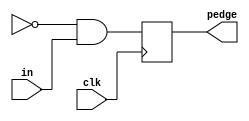
module top_module (
    input clk,
    input [7:0] in,
    output [7:0] pedge
);
    reg [7:0] in_last;
    always@(posedge clk)  begin 
    	in_delay <= in ;
        pedge = ~in_last & in ;
    end
endmodule